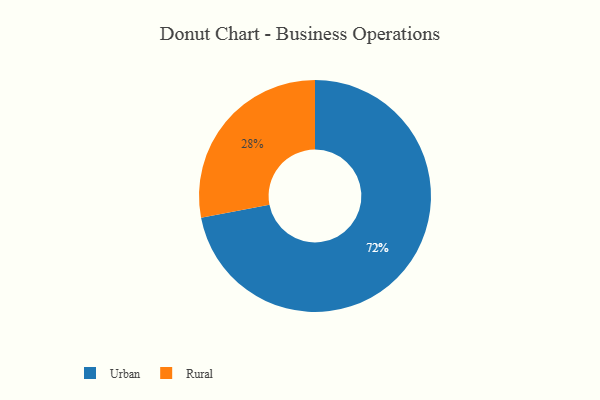
{"axis": {"x": "Category", "y": "Percentage"}, "legend": ["Rural", "Urban"], "data": [{"x": "Rural", "y": 28, "type": "Rural"}, {"x": "Urban", "y": 72, "type": "Urban"}]}